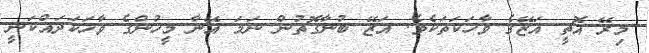
މިރޭ އޮތީ އަޒޭގެ ވާހަކަތަކެވެ. އަޒޭ ބުނާގޮތުން ނަމަ އޭނާ މީހުންގެ ވާހަކަދައްކަނީ